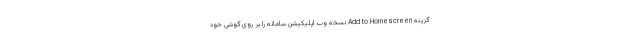
گزینه Add to Homescreen نسخه وب اپلیکیشن سامانه را بر روی گوشی خود